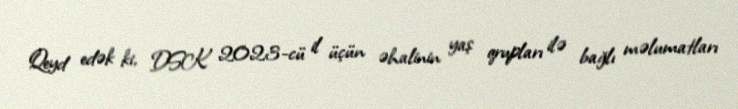
Qeyd edək ki, DSK 2023-cü il üçün əhalinin yaş qrupları ilə bağlı məlumatları